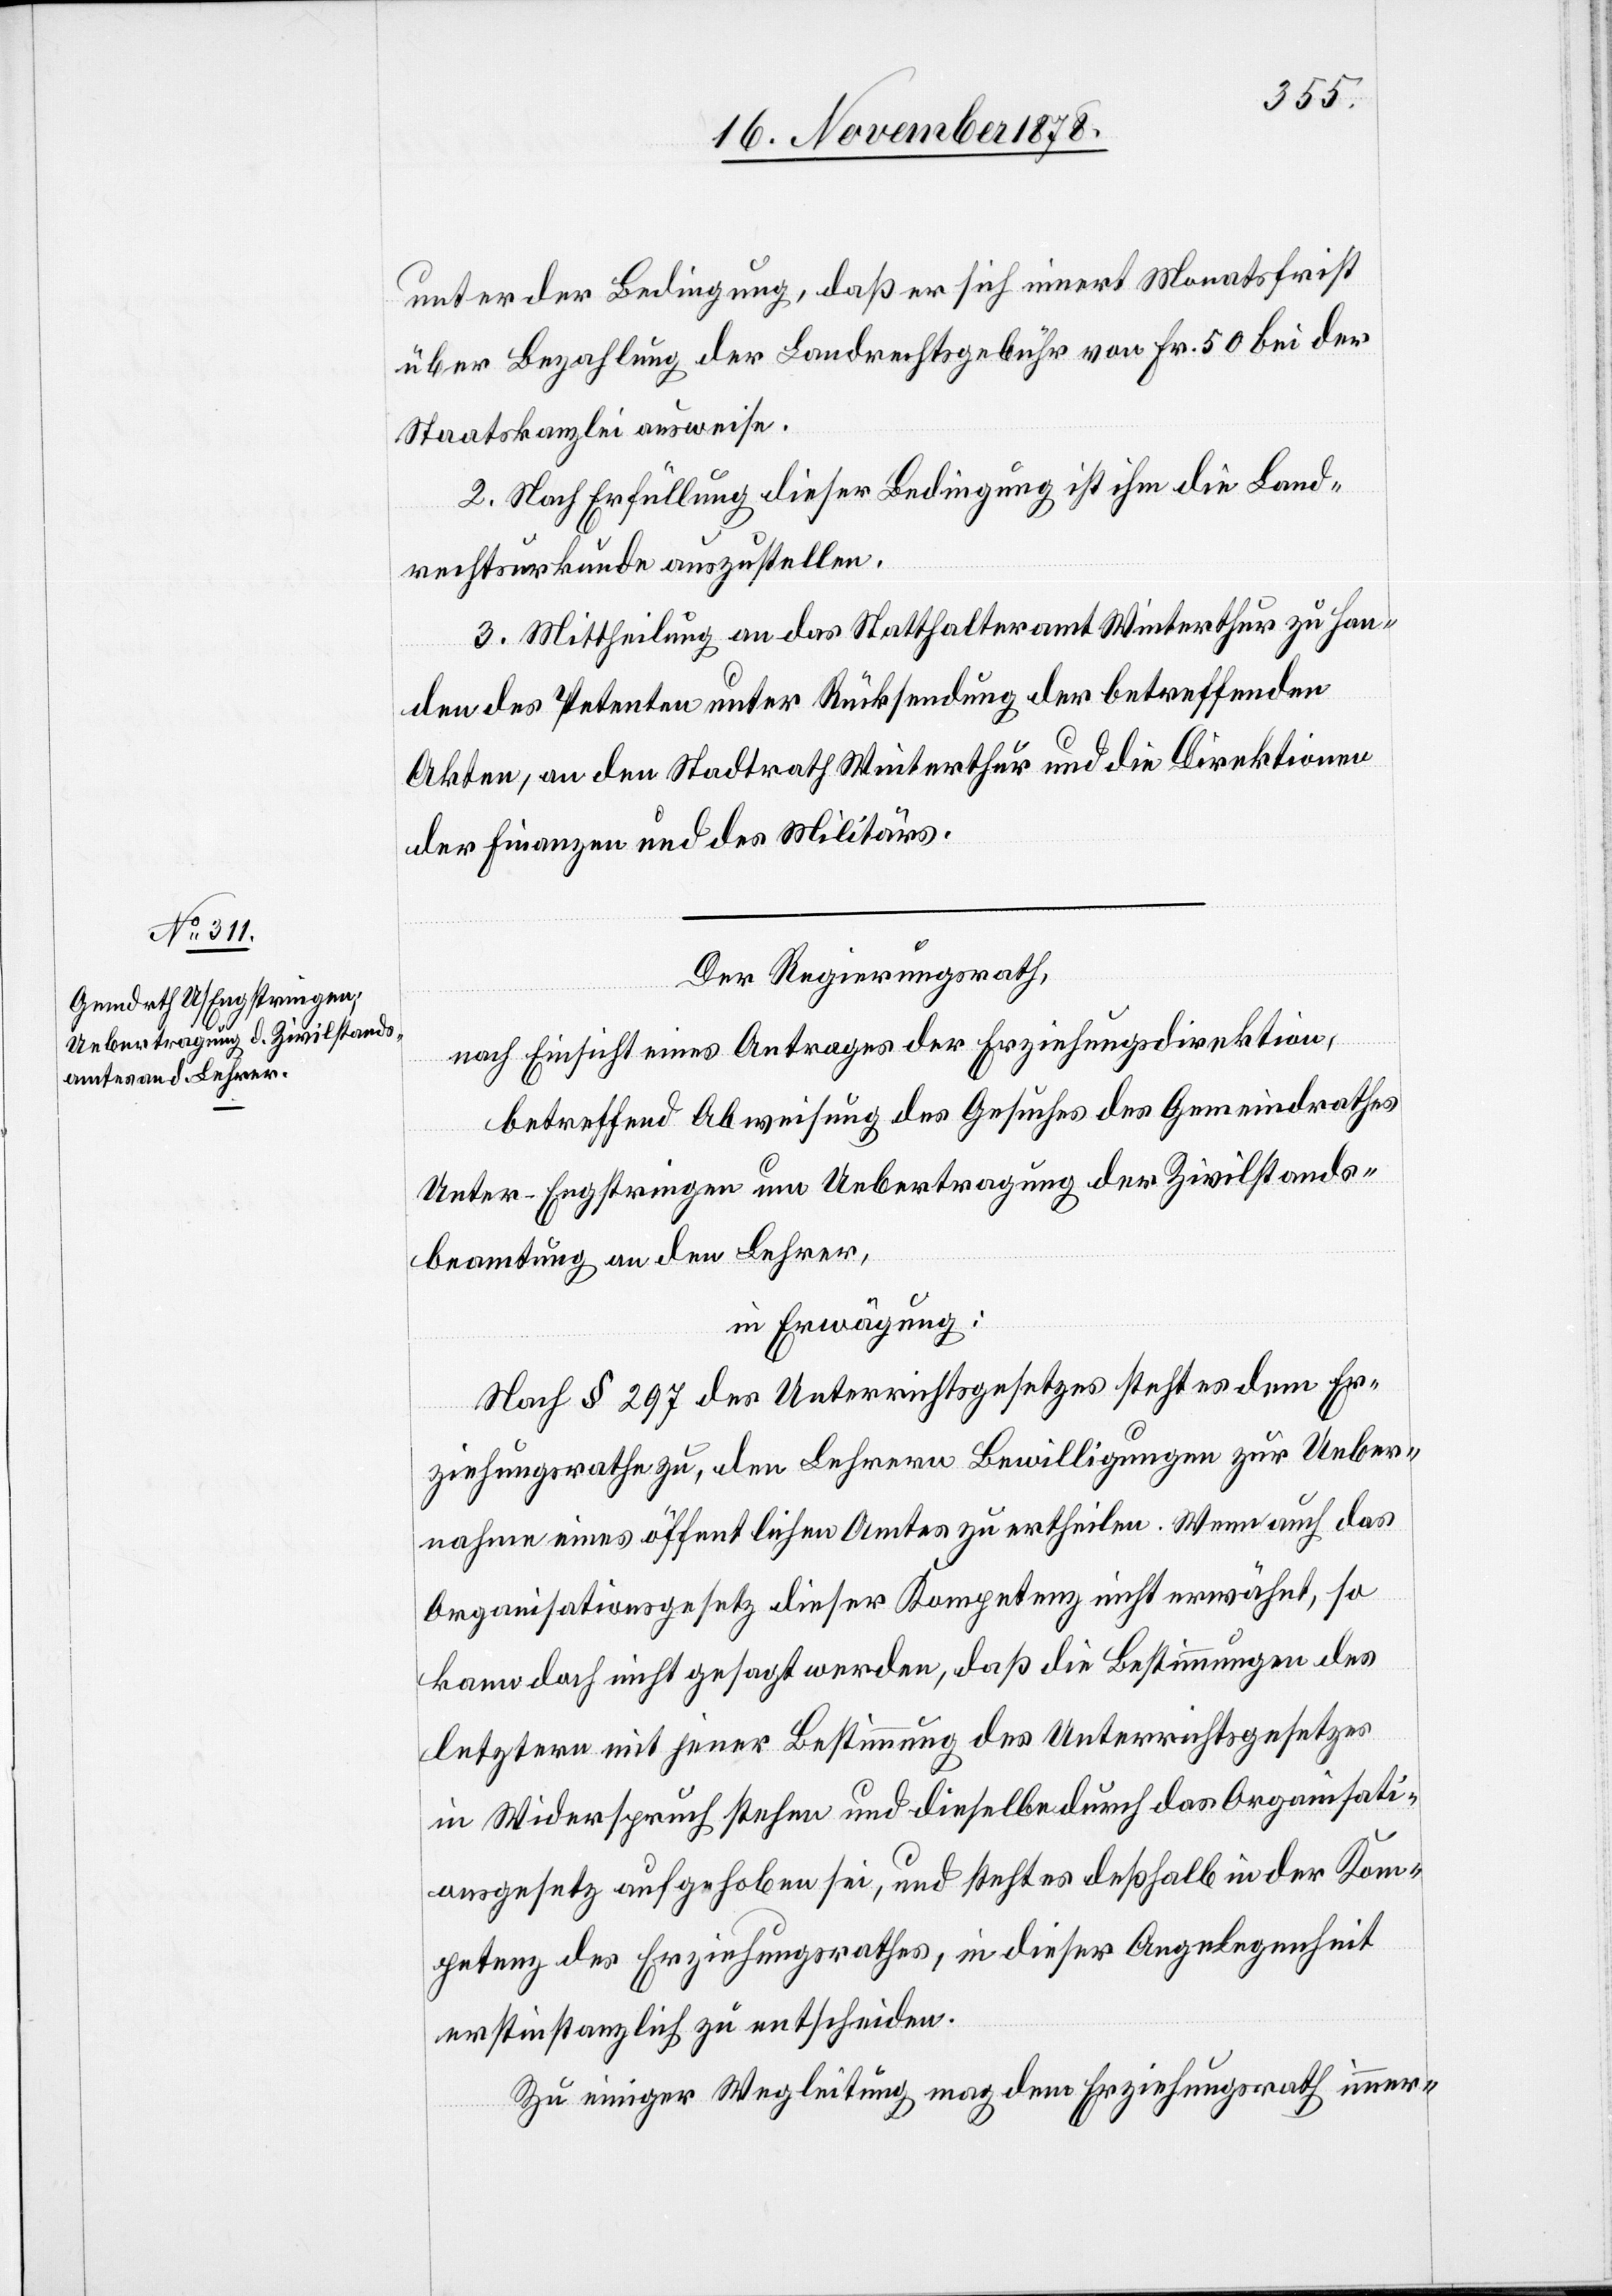
unter der Bedingung, daß er sich innert Monatsfrist
über Bezahlung der Landrechtsgebühr von Fr. 50, bei der
Staatskanzlei ausweise.
2. Nach Erfüllung dieser Bedingung ist ihm die Land¬
rechtsurkunde auszustellen.
3. Mittheilung an das Statthalteramt Winterthur zu Han¬
den des Petenten unter Rücksendung der betreffenden
Akten, an den Stadtrath Winterthur und an die Direktionen
Der Regierungsrath,
nach Einsicht eines Antrages der Erziehungsdirektion,
betreffend Abweisung des Gesuches des Gemeindrathes
Unter-Engstringen um Uebertragung der Zivilstands¬
beamtung an den Lehrer,
in Erwägung:
Nach § 297 des Unterrichtsgesetzes steht es dem Er¬
ziehungsrathe zu, den Lehrern Bewilligungen zur Ueber¬
nahme eines öffentlichen Amtes zu ertheilen. Wenn auch das
Organisationsgesetz dieser Kompetenz nicht erwähnt, so
kann doch nicht gesagt werden, daß die Bestimmungen des
letztern mit jener Bestimmung des Unterrichtsgesetzes
in Widerspruch stehen und dieselbe durch das Organisati¬
onsgesetz aufgehoben sei, und steht es deßhalb in der Kom¬
petenz des Erziehungsrathes, in dieser Angelegenheit
erstinstanzlich zu entscheiden.
Zu einiger Wegleitung mag dem Erziehungsrath immer-